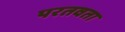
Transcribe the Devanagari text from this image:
परतवता